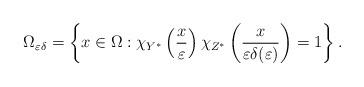
LaTeX: \begin{align*}\Omega_{\varepsilon\delta}=\left\{ x\in\Omega:\chi_{Y^{\ast}}\left( \frac{x}{\varepsilon}\right) \chi_{Z^{\ast}}\left( \frac{x}{\varepsilon\delta(\varepsilon)}\right) =1\right\} .\end{align*}